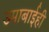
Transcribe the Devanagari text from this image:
उमाबाईही